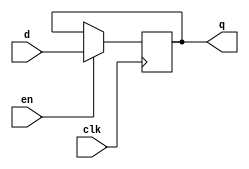
module reg16 (
	input 					clk,
	input						en,
	input 		[15:0]	d,
	output reg	[15:0]	q
   );
   
   initial q = 0;
	
	always @(posedge clk)
		if (en)
			q <= d;
			
endmodule